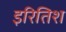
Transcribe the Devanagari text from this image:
इरितिश